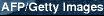
APP/Getty Images